Indian journal of veterinary science and animal husbandry - Volume 9,
Year: 1939
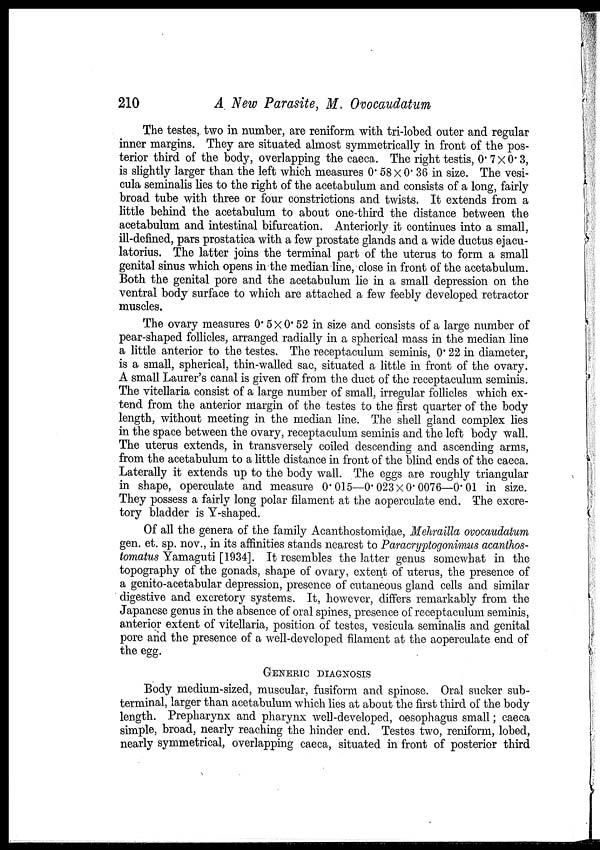
210
A New Parasite, M. Ovocaudatum
The testes, two in number, are reniform with tri-lobed outer and regular
inner margins. They are situated almost symmetrically in front of the pos-
terior third of the body, overlapping the caeca. The right testis, 0.7 × 0.3,
is slightly larger than the left which measures 0. 58 × 0. 36 in size. The vesi-
cula seminalis lies to the right of the acetabulum and consists of a long, fairly
broad tube with three or four constrictions and twists. It extends from a
little behind the acetabulum to about one-third the distance between the
acetabulum and intestinal bifurcation. Anteriorly it continues into a small,
ill-defined, pars prostatica with a few prostate glands and a wide ductus ejacu-
latorius. The latter joins the terminal part of the uterus to form a small
genital sinus which opens in the median line, close in front of the acetabulum.
Both the genital pore and the acetabulum lie in a small depression on the
ventral body surface to which are attached a few feebly developed retractor
muscles.
The ovary measures 0.5 × 0. 52 in size and consists of a large number of
pear-shaped follicles, arranged radially in a spherical mass in the median line
a little anterior to the testes. The receptaculum seminis, 0.22 in diameter,
is a small, spherical, thin-walled sac, situated a little in front of the ovary.
A small Laurer's canal is given off from the duct of the receptaculum seminis.
The vitellaria consist of a large number of small, irregular follicles which ex-
tend from the anterior margin of the testes to the first quarter of the body
length, without meeting in the median line. The shell gland complex lies
in the space between the ovary, receptaculum seminis and the left body wall.
The uterus extends, in transversely coiled descending and ascending arms,
from the acetabulum to a little distance in front of the blind ends of the caeca.
Laterally it extends up to the body wall. The eggs are roughly triangular
in shape, operculate and measure 0. 015—0. 023×0. 0076—0. 01 in size.
They possess a fairly long polar filament at the aoperculate end. The excre-
tory bladder is Y-shaped.
Of all the genera of the family Acanthostomidae, Mehrailla ovocaudatum
gen. et. sp. nov., in its affinities stands nearest to Paracryptogonimus acanthos-
tomatus Yamaguti [1934]. It resembles the latter genus somewhat in the
topography of the gonads, shape of ovary, extent of uterus, the presence of
a genito-acetabular depression, presence of cutaneous gland cells and similar
digestive and excretory systems. It, however, differs remarkably from the
Japanese genus in the absence of oral spines, presence of receptaculum seminis,
anterior extent of vitellaria, position of testes, vesicula seminalis and genital
pore and the presence of a well-developed filament at the aoperculate end of
the egg.
GENERIC DIAGNOSIS
Body medium-sized, muscular, fusiform and spinose. Oral sucker sub-
terminal, larger than acetabulum which lies at about the first third of the body
length. Prepharynx and pharynx well -developed, oesophagus small; caeca
simple, broad, nearly reaching the hinder end. Testes two, reniform, lobed,
nearly symmetrical, overlapping caeca, situated in front of posterior third